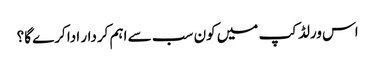
اس ورلڈکپ میں کون سب سے اہم کردار ادا کرے گا؟